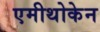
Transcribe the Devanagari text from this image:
एमीथोकेन